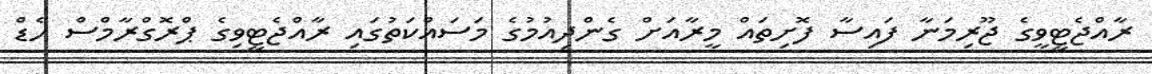
ރާއްޖެޓީވީގެ ޖޫރިމަނާ ފައިސާ ފޮށިތައް މީރާއަށް ގެންދިއުމުގެ މަސައްކަތުގައި ރާއްޖެޓީވިގެ ޕްރޮގްރާމްސް ހެޑް